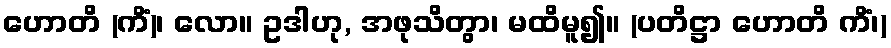
ဟောတိ (ကိံ)၊ လော။ ဥဒါဟု, အဖုသိတွာ၊ မထိမူ၍။ (ပတိဋ္ဌာ ဟောတိ ကိံ၊)